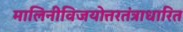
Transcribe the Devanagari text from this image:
मालिनीविजयोत्तरतंत्राधारित